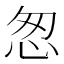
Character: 怱